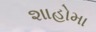
શાહોમા